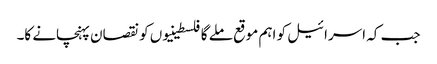
جب کہ اسرائیل کو اہم موقع ملے گا فلسطینیوں کو نقصان پہنچانے کا۔